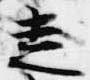
走